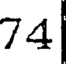
74